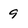
Character: 9